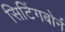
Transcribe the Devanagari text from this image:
सिटिंगबोर्न